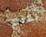
أعلم